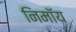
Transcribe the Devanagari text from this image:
निमाॅय